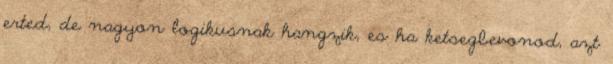
erted, de nagyon logikusnak hangzik, es ha ketsegbevonod, azt